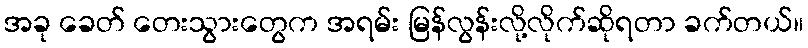
အခု ခေတ် တေးသွားတွေက အရမ်း မြန်လွန်းလို့လိုက်ဆိုရတာ ခက်တယ်။